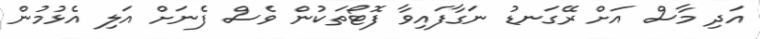
އަދި މާސް އަށް ރޭގަނޑު ނަގާފައިވާ ފޮޓޯތަކުން ވެސް ފެނަށް އަލި އެޅުމުން